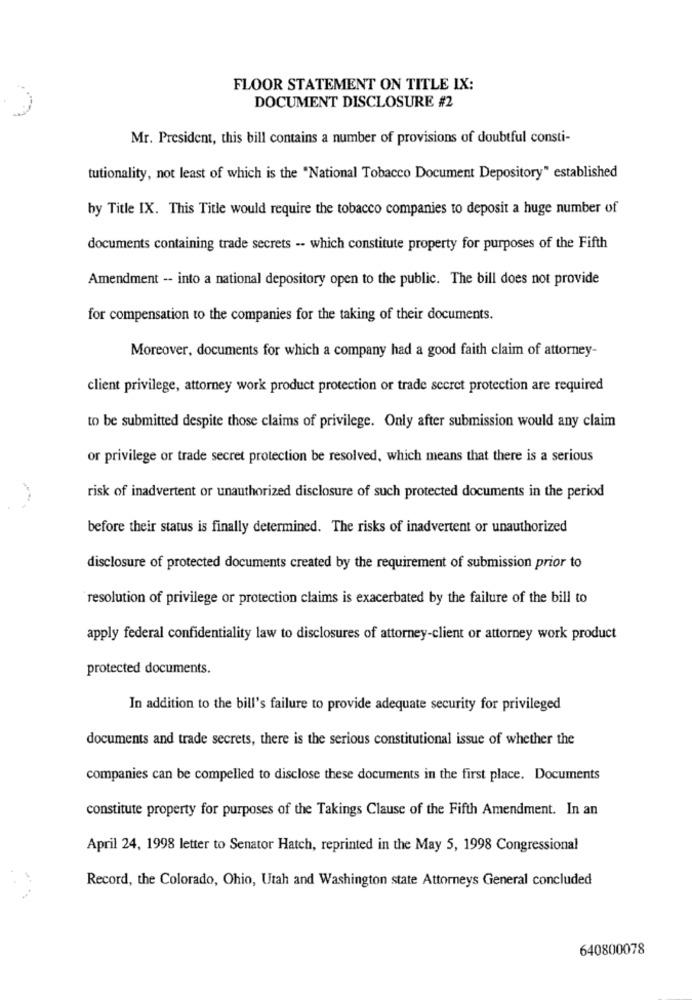
FLOOR STATEMENT ON TITLE IX:
DOCUMENT DISCLOSURE #2
Mr. President, this bill contains a number of provisions of doubtful consti-
tutionality, not least of which is the "National Tobacco Document Depository" established
by Title IX. This Title would require the tobacco companies to deposit a huge number of
documents containing trade secrets -- which constitute property for purposes of the Fifth
Amendment -- into a national depository open to the public. The bill does not provide
for compensation to the companies for the taking of their documents.
Moreover, documents for which a company had a good faith claim of attorney-
client privilege, attorney work product protection or trade secret protection are required
to be submitted despite those claims of privilege. Only after submission would any claim
or privilege or trade secret protection be resolved, which means that there is a serious
risk of inadvertent or unauthorized disclosure of such protected documents in the period
before their status is finally determined. The risks of inadvertent or unauthorized
disclosure of protected documents created by the requirement of submission prior to
resolution of privilege or protection claims is exacerbated by the failure of the bill to
apply federal confidentiality law to disclosures of attorney-client or attorney work product
protected documents.
In addition to the bill's failure to provide adequate security for privileged
documents and trade secrets, there is the serious constitutional issue of whether the
companies can be compelled to disclose these documents in the first place. Documents
constitute property for purposes of the Takings Clause of the Fifth Amendment. In an
April 24, 1998 letter to Senator Hatch, reprinted in the May 5, 1998 Congressional
Record, the Colorado, Ohio, Utah and Washington state Attorneys General concluded
640800078